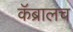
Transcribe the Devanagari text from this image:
कॅब्रालच